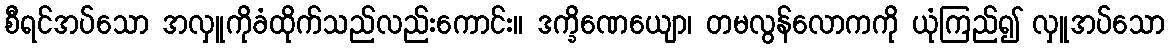
စီရင်အပ်သော အလှူကိုခံထိုက်သည်လည်းကောင်း။ ဒက္ခိဏေယျော၊ တမလွန်လောကကို ယုံကြည်၍ လှူအပ်သော